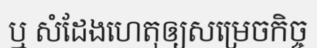
ឬ សំដែងហេតុឲ្យសម្រេចកិច្ច